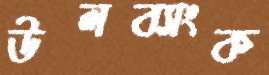
উলব্যাংক